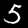
Label: 5